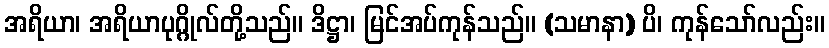
အရိယာ၊ အရိယာပုဂ္ဂိုလ်တို့သည်။ ဒိဋ္ဌာ၊ မြင်အပ်ကုန်သည်။ (သမာနာ) ပိ၊ ကုန်သော်လည်း။